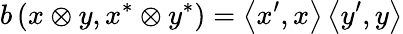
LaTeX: b\left(x\otimes y,x^{*}\otimes y^{*}\right)=\left\langle x^{\prime},x\right\rangle\left\langle y^{\prime},y\right\rangle